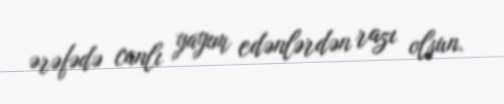
ərəfədə canlı yayım edənlərdən razı olsun.